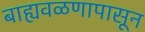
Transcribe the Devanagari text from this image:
बाह्यवळणापासून